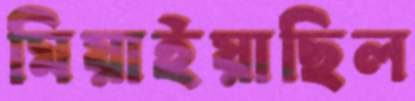
মিয়াইয়াছিল